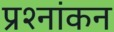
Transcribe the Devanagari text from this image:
प्रश्नांकन